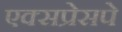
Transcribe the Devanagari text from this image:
एक्सप्रेसपे